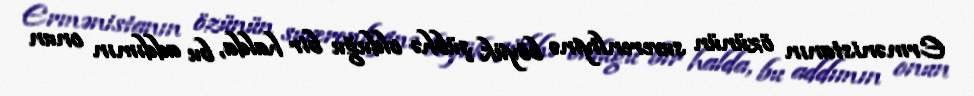
Ermənistanın özünün suverenliyinə böyük şübhə olduğu bir halda, bu addımın onun